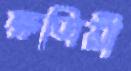
ক্ষত্রিয়ী